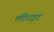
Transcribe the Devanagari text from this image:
लॅटेराइट